Insane asylums in Bengal annual reports 1876-1887 - 1876-1887
Year: 1876
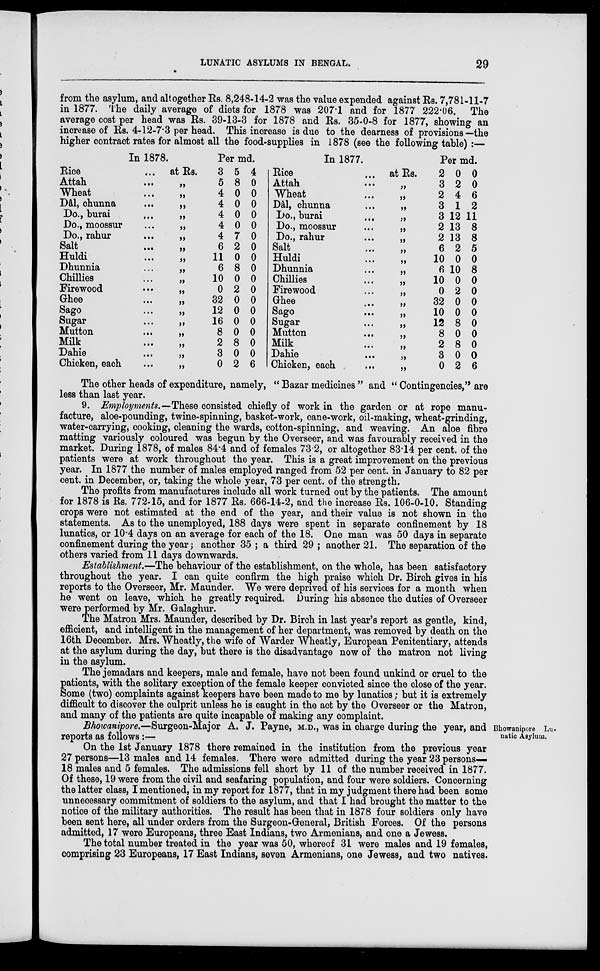
LUNATIC ASYLUMS IN BENGAL.
29
from the asylum, and altogether Rs. 8,248-14-2 was the value expended against Rs. 7,781-11-7
in 1877. The daily average of diets for 1878 was 207.1 and for 1877 222.06. The
average cost per head was Rs. 39-13-3 for 1878 and Rs. 35-0-8 for 1877, showing an
increase of Rs. 4-12-7.3 per head. This increase is due to the dearness of provisions—the
higher contract rates for almost all the food-supplies in 1878 (see the following table) :—
In 1878.
Rice
... at Rs.
Attah
...
„
Wheat
...
„
Dâl, chunna
...
„
Do., burai
...
„
Do., moossur
...
„
Do., rahur
...
„
Salt
...
„
Huldi
...
„
Dhunnia
...
„
Chillies
...
„
Firewood
... „
Ghee
...
„
Sago
...
„
Sugar
...
„
Mutton
...
„
Milk
...
„
Dahie
...
„
Chicken, each
...
„
Per md.
3
5
4
4
4
4
4
6
11
6
10
0
32
12
16
8
2
3
0
5
8
0
0
0
0
7
2
0
8
0
2
0
0
0
0
8
0
2
4
0
0
0
0
0
0
0
0
0
0
0
0
0
0
0
0
0
6
In 1877.
Rice
... at Rs.
Attah
...
„
Wheat
...
„
Dâl, chunna
...
„
Do., burai
...
„
Do., moossur
...
„
Do., rahur
...
„
Salt
...
„
Huldi
...
„
Dhunnia
...
„
Chillies
...
„
Firewood
...
„
Ghee
...
„
Sago
...
„
Sugar
...
„
Mutton
...
„
Milk
...
„
Dahie
...
„
Chicken, each
...
„
Per md.
2
3
2
3
3
2
2
6
10
6
10
0
32
10
12
8
2
3
0
0
2
4
1
12
13
13
2
0
10
0
2
0
0
8
0
8
0
2
0
0
6
2
11
8
8
5
0
8
0
0
0
0
0
0
0
0
6
The other heads of expenditure, namely, " Bazar medicines " and " Contingencies,'' are
less than last year.
9. Employments.—These consisted chiefly of work in the garden or at rope manu-
facture, aloe-pounding, twine-spinning, basket-work, cane-work, oil-making, wheat-grinding,
water-carrying, cooking, cleaning the wards, cotton-spinning, and weaving. An aloe fibre
matting variously coloured was begun by the Overseer, and was favourably received in the
market. During 1878, of males 84.4 and of females 73.2, or altogether 83.14 per cent. of the
patients were at work throughout the year. This is a great improvement on the previous
year. In 1877 the number of males employed ranged from 52 per cent. in January to 82 per
cent. in December, or, taking the whole year, 73 per cent. of the strength.
The profits from manufactures include all work turned out by the patients. The amount
for 1878 is Rs. 772-15, and for 1877 Rs. 666-14-2, and the increase Rs. 106-0-10. Standing
crops were not estimated at the end of the year, and their value is not shown in the
statements. As to the unemployed, 188 days were spent in separate confinement by 18
lunatics, or 10.4 days on an average for each of the 18. One man was 50 days in separate
confinement during the year; another 35 ; a third 29 ; another 21. The separation of the
others varied from 11 days downwards.
Establishment.—The behaviour of the establishment, on the whole, has been satisfactory
throughout the year. I can quite confirm the high praise which Dr. Birch gives in his
reports to the Overseer, Mr. Maunder. We were deprived of his services for a month when
he went on leave, which he greatly required. During his absence the duties of Overseer
were performed by Mr. Galaghur.
The Matron Mrs. Maunder, described by Dr. Birch in last year's report as gentle, kind,
efficient, and intelligent in the management of her department, was removed by death on the
16th December. Mrs. Wheatly, the wife of Warder Wheatly, European Penitentiary, attends
at the asylum during the day, but there is the disadvantage now of the matron not living
in the asylum.
The jemadars and keepers, male and female, have not been found unkind or cruel to the
patients, with the solitary exception of the female keeper convicted since the close of the year.
Some (two) complaints against keepers have been made to me by lunatics; but it is extremely
difficult to discover the culprit unless he is caught in the act by the Overseer or the Matron,
and many of the patients are quite incapable of making any complaint.
Bhowanipore Lu-
natic Asylum.
Bhowanipore.—Surgeon-Major A. J. Payne, M.D., was in charge during the year, and
reports as follows:—
On the 1st January 1878 there remained in the institution from the previous year
27 persons—13 males and 14 females. There were admitted during the year 23 persons—
18 males and 5 females. The admissions fell short by 11 of the number received in 1877.
Of these, 19 were from the civil and seafaring population, and four were soldiers. Concerning
the latter class, I mentioned, in my report for 1877, that in my judgment there had been some
unnecessary commitment of soldiers to the asylum, and that I had brought the matter to the
notice of the military authorities. The result has been that in 1878 four soldiers only have
been sent here, all under orders from the Surgeon-General, British Forces. Of the persons
admitted, 17 were Europeans, three East Indians, two Armenians, and one a Jewess.
The total number treated in the year was 50, whereof 31 were males and 19 females,
comprising 23 Europeans, 17 East Indians, seven Armenians, one Jewess, and two natives.